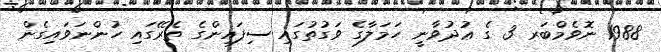
1988 ނޮވެމްބަރ 3 ގެ ޢުދުވާނީ ހަމަލާގެ ވަގުތުގައި ސިފައިންގެ ތެރޭގައި ހުންނަވައިގެން